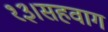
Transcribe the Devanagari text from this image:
१३।सहवाग